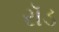
રૉડ